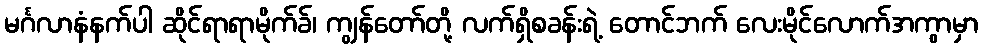
မင်္ဂလာနံနက်ပါ ဆိုင်ရာရာမိုက်ခ်၊ ကျွန်တော်တို့ လက်ရှိစခန်းရဲ့ တောင်ဘက် လေးမိုင်လောက်အကွာမှာ